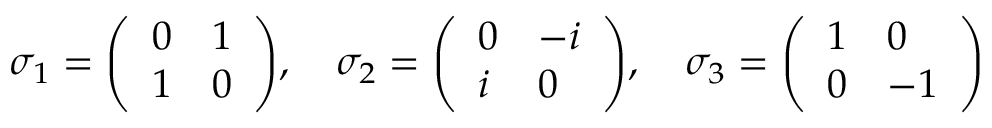
\sigma _ { 1 } = { \left( \begin{array} { l l } { 0 } & { 1 } \\ { 1 } & { 0 } \end{array} \right) } , \quad \sigma _ { 2 } = { \left( \begin{array} { l l } { 0 } & { - i } \\ { i } & { 0 } \end{array} \right) } , \quad \sigma _ { 3 } = { \left( \begin{array} { l l } { 1 } & { 0 } \\ { 0 } & { - 1 } \end{array} \right) }